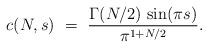
LaTeX: \begin{align*}c(N,s)\ =\ \frac{\Gamma(N/2)\,\sin(\pi s)}{\pi^{1+N/2}}.\end{align*}